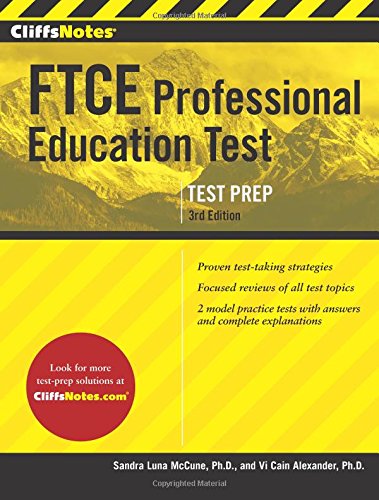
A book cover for CliffsNotes FTCE Professional Education Test Third Edition; Sandra Luna McCune PhD; Test Preparation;